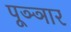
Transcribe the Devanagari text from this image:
पूञ्ञार